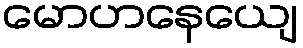
မောဟနေယျေ